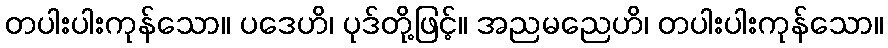
တပါးပါးကုန်သော။ ပဒေဟိ၊ ပုဒ်တို့ဖြင့်။ အညမညေဟိ၊ တပါးပါးကုန်သော။